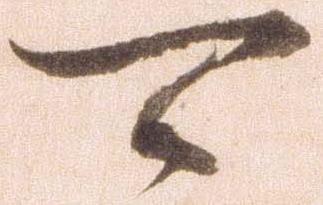
可